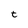
Character: t